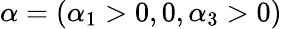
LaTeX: \alpha=(\alpha_{1}>0,0,\alpha_{3}>0)